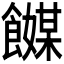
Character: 𬲞